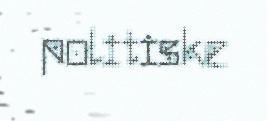
politiske